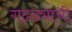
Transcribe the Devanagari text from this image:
गढढ्याची